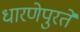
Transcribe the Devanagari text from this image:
धारणेपुरते